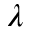
\lambda